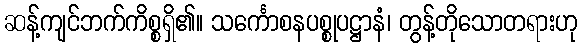
ဆန့်ကျင်ဘက်ကိစ္စရှိ၏။ သင်္ကောစနပစ္စုပဋ္ဌာနံ၊ တွန့်တိုသောတရားဟု